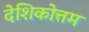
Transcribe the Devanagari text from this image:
देशिकोत्तम